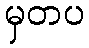
မှတပ